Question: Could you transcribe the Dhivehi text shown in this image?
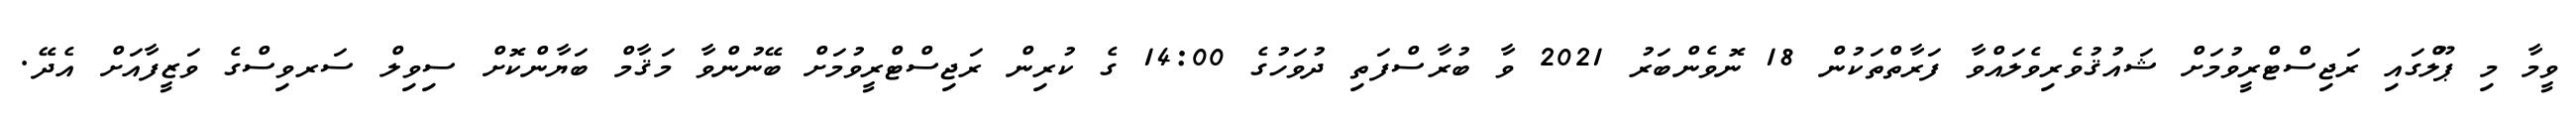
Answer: ވީމާ މި ޕޫލްގައި ރަޖިސްޓްރީވުމަށް ޝައުޤުވެރިވެލައްވާ ފަރާތްތަކުން 18 ނޮވެންބަރު 2021 ވާ ބުރާސްފަތި ދުވަހުގެ 14:00 ގެ ކުރިން ރަޖިސްޓްރީވުމަށް ބޭނުންވާ މަޤާމް ބަޔާންކޮށް ސިވިލް ސަރވިސްގެ ވަޒީފާއަށް އެދޭ.